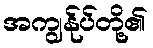
အကျွန်ုပ်တို့၏